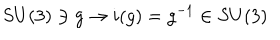
S U ( 3 ) \ni g \rightarrow i ( g ) = g ^ { - 1 } \in S U ( 3 )